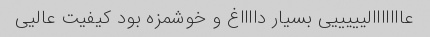
عااااااالیییییی بسیار دااااغ و خوشمزه بود کیفیت عالیی